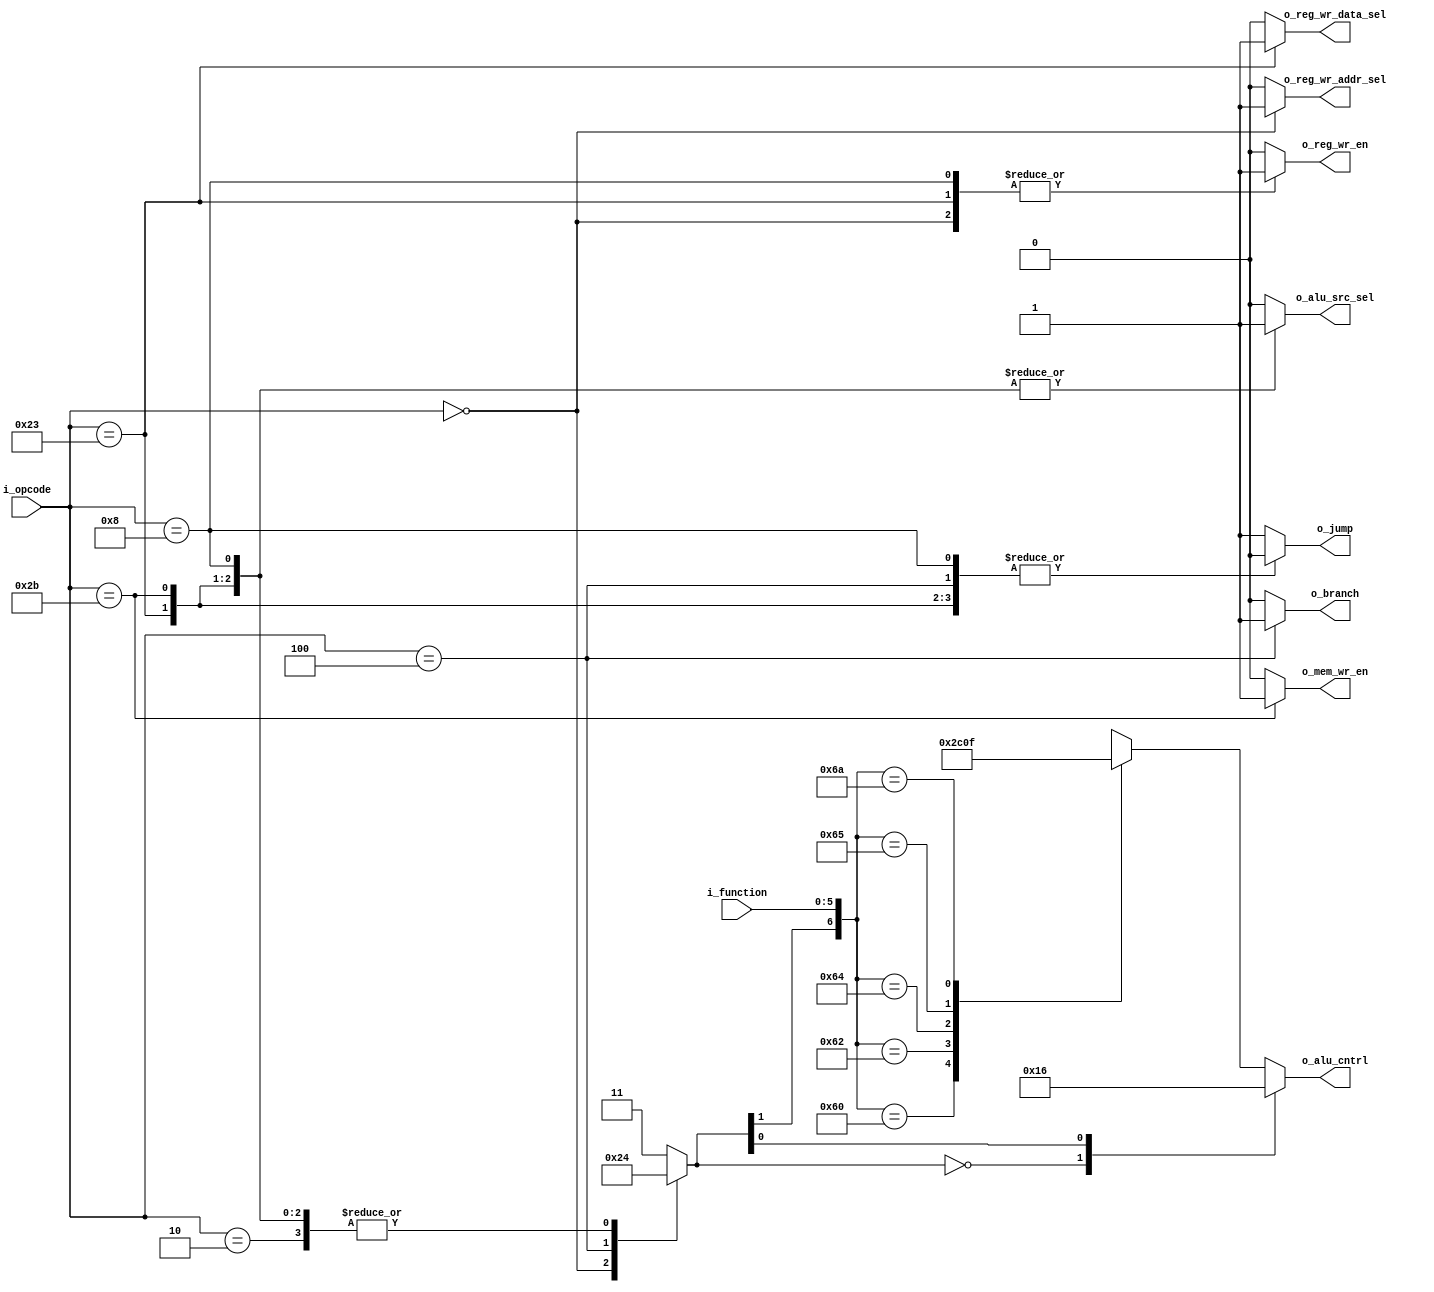
module control_unit#(
  parameter ALU_CNTRL_WIDTH_P = 3,
  parameter FUNCT_WIDTH_P = 6,
  parameter OP_WIDTH_P = 6
)(
  input wire [OP_WIDTH_P-1:0] i_opcode,
  input wire [FUNCT_WIDTH_P-1:0] i_function,
  output wire o_mem_wr_en,
  output wire o_branch,
  output wire [ALU_CNTRL_WIDTH_P-1:0] o_alu_cntrl,
  output wire o_alu_src_sel,
  output wire o_reg_wr_addr_sel,
  output wire o_reg_wr_en,
  output wire o_reg_wr_data_sel,
  output wire o_jump);

  //----------------------------------------------------------------------------
  // local parameter declarations
  //----------------------------------------------------------------------------
  
  localparam[1:0] ADD       = 2'b00;  // add
  localparam[1:0] SUB       = 2'b01;  // subtract
  localparam[1:0] LOOK      = 2'b10;  // look at funct field value
  localparam[1:0] INVALID   = 2'b11;  // invalid

  
  localparam[OP_WIDTH_P-1:0] RTYPE  = 6'b000000;
  localparam[OP_WIDTH_P-1:0] LW     = 6'b100011;
  localparam[OP_WIDTH_P-1:0] SW     = 6'b101011;
  localparam[OP_WIDTH_P-1:0] BEQ    = 6'b000100;
  localparam[OP_WIDTH_P-1:0] ADDI   = 6'b001000;
  localparam[OP_WIDTH_P-1:0] JUMP   = 6'b000010;

  localparam ALU_DECODE_WIDTH = FUNCT_WIDTH_P+2;

  //----------------------------------------------------------------------------
  // register and wire declarations
  //----------------------------------------------------------------------------

  reg [1:0] alu_op;

  // data memory control
  reg reg_wr_data_sel;
  reg mem_wr_en = 0;
  reg branch = 0;

  // alu control
  reg [ALU_CNTRL_WIDTH_P-1:0] alu_cntrl;
  reg alu_src_sel = 0;

  // register file control
  reg reg_wr_addr_sel;
  reg reg_wr_en = 0;
  
  // jump
  reg jump;

  // alu decoder input which is a
  // concatenation of fucntion and alu operation
  wire [ALU_DECODE_WIDTH-1:0] alu_decode_input;

  //----------------------------------------------------------------------------

  //----------------------------------------------------------------------------
  // assignments
  //----------------------------------------------------------------------------

  // concatenate function and alu operation
  assign alu_decode_input = {alu_op,i_function};

  // output assignments
  assign o_reg_wr_data_sel  = reg_wr_data_sel;
  assign o_mem_wr_en        = mem_wr_en;
  assign o_branch           = branch;
  assign o_alu_cntrl        = alu_cntrl;
  assign o_alu_src_sel      = alu_src_sel;
  assign o_reg_wr_addr_sel  = reg_wr_addr_sel;
  assign o_reg_wr_en        = reg_wr_en;
  assign o_jump             = jump;

  //----------------------------------------------------------------------------

  
  //----------------------------------------------------------------------------
  // Opcode decoder
  //----------------------------------------------------------------------------

  always @(i_opcode) begin
    case(i_opcode)
      RTYPE  : begin
        reg_wr_en         = 1'b1;
        reg_wr_addr_sel   = 1'b1;
        alu_src_sel       = 1'b0;
        branch            = 1'b0;
        mem_wr_en         = 1'b0;
        reg_wr_data_sel   = 1'b0;
        alu_op            = 2'b10;
        jump              = 1'b0;
      end
      LW : begin
        reg_wr_en         = 1'b1;
        reg_wr_addr_sel   = 1'b0;
        alu_src_sel       = 1'b1;
        branch            = 1'b0;
        mem_wr_en         = 1'b0;
        reg_wr_data_sel   = 1'b1;
        alu_op            = 2'b00;
        jump              = 1'b0;
      end
      SW : begin
        reg_wr_en         = 1'b0;
        reg_wr_addr_sel   = 1'b0;
        alu_src_sel       = 1'b1;
        branch            = 1'b0;
        mem_wr_en         = 1'b1;
        reg_wr_data_sel   = 1'b0;
        alu_op            = 2'b00;
        jump              = 1'b0;
      end
      BEQ : begin
        reg_wr_en         = 1'b0;
        reg_wr_addr_sel   = 1'b0;
        alu_src_sel       = 1'b0;
        branch            = 1'b1;
        mem_wr_en         = 1'b0;
        reg_wr_data_sel   = 1'b0;
        alu_op            = 2'b01;
        jump              = 1'b0;
      end
      ADDI : begin
        reg_wr_en         = 1'b1;
        reg_wr_addr_sel   = 1'b0;
        alu_src_sel       = 1'b1;
        branch            = 1'b0;
        mem_wr_en         = 1'b0;
        reg_wr_data_sel   = 1'b0;
        alu_op            = 2'b00;
        jump              = 1'b0;
      end
      JUMP : begin
        reg_wr_en         = 1'b0;
        reg_wr_addr_sel   = 1'b0;
        alu_src_sel       = 1'b0;
        branch            = 1'b0;
        mem_wr_en         = 1'b0;
        reg_wr_data_sel   = 1'b0;
        alu_op            = 2'b00;
        jump              = 1'b1;
      end
      default: begin
        reg_wr_en         = 1'b0;
        reg_wr_addr_sel   = 1'b0;
        alu_src_sel       = 1'b0;
        branch            = 1'b0;
        mem_wr_en         = 1'b0;
        reg_wr_data_sel   = 1'b0;
        alu_op            = 2'b11; // invalid alu op code
        jump              = 1'b1;
      end
    endcase
  end

  //----------------------------------------------------------------------------


  //----------------------------------------------------------------------------
  // ALU decoder
  //----------------------------------------------------------------------------
  
  always @(alu_decode_input) begin
    casez(alu_decode_input)
      8'b00?????? : alu_cntrl = 3'b010; // requires add operation
      8'b?1?????? : alu_cntrl = 3'b110; // requries sub operation
      8'b1?100000 : alu_cntrl = 3'b010; // add operation
      8'b1?100010 : alu_cntrl = 3'b110; // subtraction operation
      8'b1?100100 : alu_cntrl = 3'b000; // and operation
      8'b1?100101 : alu_cntrl = 3'b001; // or operation
      8'b1?101010 : alu_cntrl = 3'b111; // set less than (SLT) operation
      default     : alu_cntrl = 3'bxxx; // invalid
    endcase
  end

  //----------------------------------------------------------------------------

endmodule